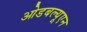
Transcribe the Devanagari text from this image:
ओडबल्यूएन